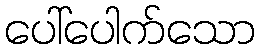
ပေါ်ပေါက်သော